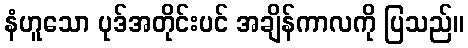
နံဟူသော ပုဒ်အတိုင်းပင် အချိန်ကာလကို ပြသည်။